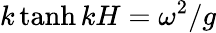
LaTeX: k\operatorname{tanh}kH=\omega^{2}/g